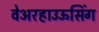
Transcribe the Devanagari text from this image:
वेअरहाउऊसिंग